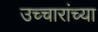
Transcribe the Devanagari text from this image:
उच्चारांच्या